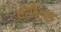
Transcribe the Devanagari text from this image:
थ्रौस्क